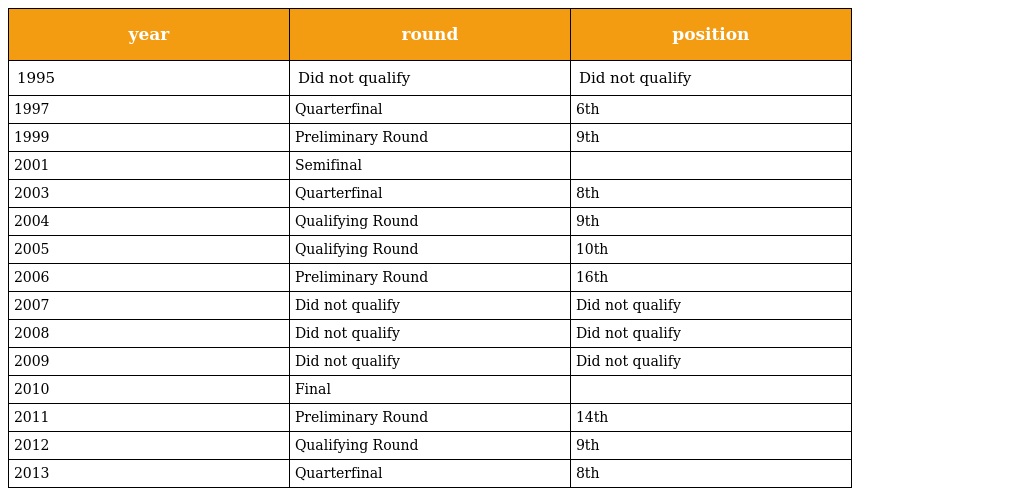
| year | round | position |
 | --- | --- | --- |
 | 1995 | Did not qualify | Did not qualify |
 | 1997 | Quarterfinal | 6th |
 | 1999 | Preliminary Round | 9th |
 | 2001 | Semifinal |  |
 | 2003 | Quarterfinal | 8th |
 | 2004 | Qualifying Round | 9th |
 | 2005 | Qualifying Round | 10th |
 | 2006 | Preliminary Round | 16th |
 | 2007 | Did not qualify | Did not qualify |
 | 2008 | Did not qualify | Did not qualify |
 | 2009 | Did not qualify | Did not qualify |
 | 2010 | Final |  |
 | 2011 | Preliminary Round | 14th |
 | 2012 | Qualifying Round | 9th |
 | 2013 | Quarterfinal | 8th |